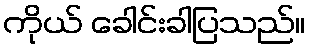
ကိုယ် ခေါင်းခါပြသည်။